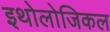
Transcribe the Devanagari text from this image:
इथोलोजिकल